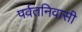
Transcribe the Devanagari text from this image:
पर्वतनिवासी